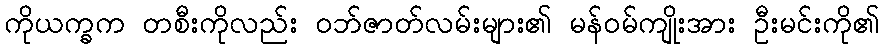
ကိုယက္ခက တစီးကိုလည်း ဝဘ်ဇာတ်လမ်းများ၏ မန်ဝမ်ကျိုးအား ဦးမင်းကို၏